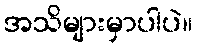
အသိများမှာပါပဲ။